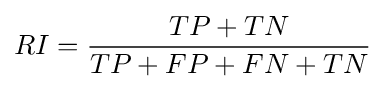
RI={\frac {TP+TN}{TP+FP+FN+TN}}